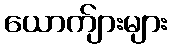
ယောက်ျားများ